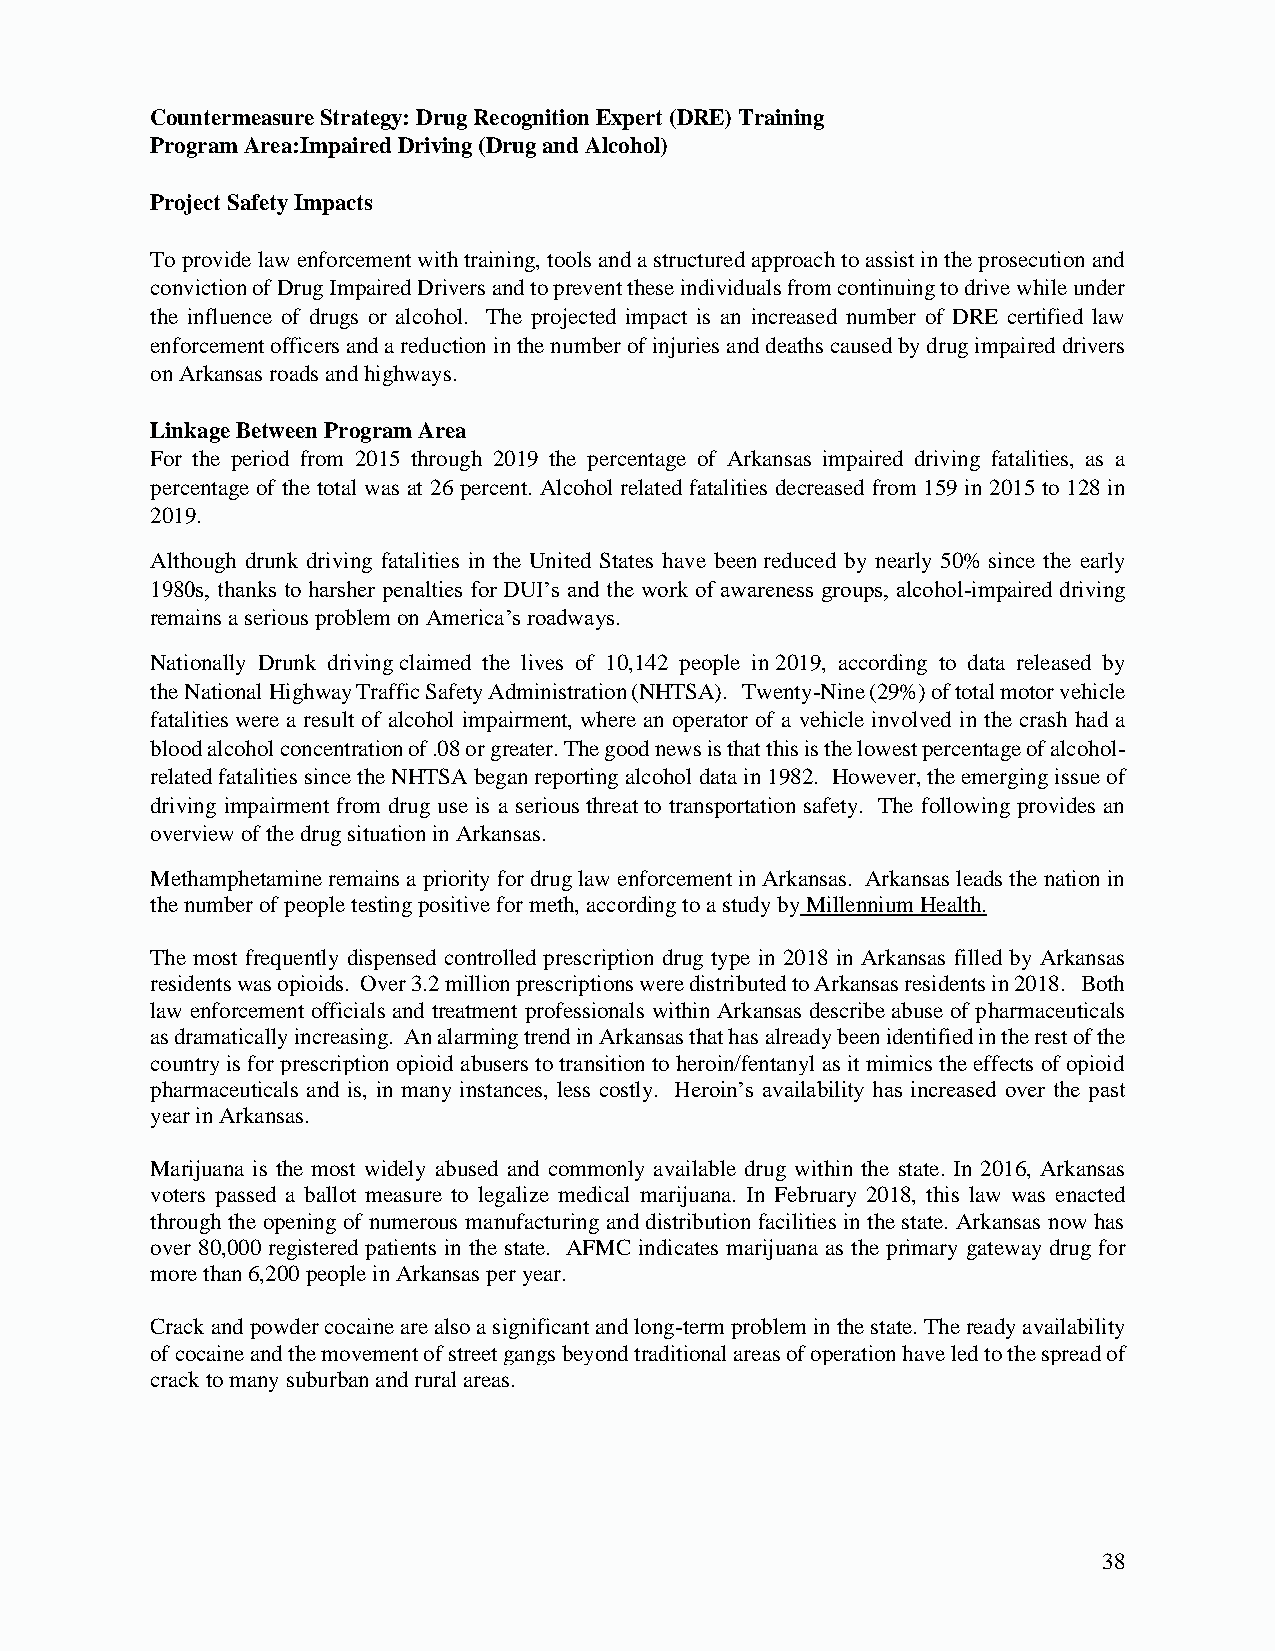
Countermeasure Strategy: Drug Recognition Expert (DRE) Training
 Program Area: Impaired Driving (Drug and Alcohol)
 Project Safety Impacts
 To provide law enforcement with training, tools and a structured approach to assist in the prosecution and
 conviction of Drug Impaired Drivers and to prevent these individuals from continuing to drive while under
 the influence of drugs or alcohol. The projected impact is an increased number of DRE certified law
 enforcement officers and a reduction in the number of injuries and deaths caused by drug impaired drivers
 on Arkansas roads and highways.
 Linkage Between Program Area
 For the period from 2015 through 2019 the percentage of Arkansas impaired driving fatalities, as a
 percentage of the total was at 26 percent. Alcohol related fatalities decreased from 159 in 2015 to 128 in
 2019.
 Although drunk driving fatalities in the United States have been reduced by nearly 50% since the early
 1980s, thanks to harsher penalties for DUI’s and the work of awareness groups, alcohol-impaired driving
 remains a serious problem on America’s roadways.
 Nationally Drunk driving claimed the lives of 10,142 people in 2019, according to data released by
 the National Highway Traffic Safety Administration (NHTSA). Twenty-Nine (29%) of total motor vehicle
 fatalities were a result of alcohol impairment, where an operator of a vehicle involved in the crash had a
 blood alcohol concentration of .08 or greater. The good news is that this is the lowest percentage of alcohol-
 related fatalities since the NHTSA began reporting alcohol data in 1982. However, the emerging issue of
 driving impairment from drug use is a serious threat to transportation safety. The following provides an
 overview of the drug situation in Arkansas.
 Methamphetamine remains a priority for drug law enforcement in Arkansas. Arkansas leads the nation in
 the number of people testing positive for meth, according to a study by Millennium Health.
 The most frequently dispensed controlled prescription drug type in 2018 in Arkansas filled by Arkansas
 residents was opioids. Over 3.2 million prescriptions were distributed to Arkansas residents in 2018. Both
 law enforcement officials and treatment professionals within Arkansas describe abuse of pharmaceuticals
 as dramatically increasing. An alarming trend in Arkansas that has already been identified in the rest of the
 country is for prescription opioid abusers to transition to heroin/fentanyl as it mimics the effects of opioid
 pharmaceuticals and is, in many instances, less costly. Heroin’s availability has increased over the past
 year in Arkansas.
 Marijuana is the most widely abused and commonly available drug within the state. In 2016, Arkansas
 voters passed a ballot measure to legalize medical marijuana. In February 2018, this law was enacted
 through the opening of numerous manufacturing and distribution facilities in the state. Arkansas now has
 over 80,000 registered patients in the state. AFMC indicates marijuana as the primary gateway drug for
 more than 6,200 people in Arkansas per year.
 Crack and powder cocaine are also a significant and long-term problem in the state. The ready availability
 of cocaine and the movement of street gangs beyond traditional areas of operation have led to the spread of
 crack to many suburban and rural areas.
 38